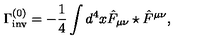
\Gamma _ { \mathrm { i n v } } ^ { ( 0 ) } = - \frac { 1 } { 4 } \int d ^ { 4 } x \hat { F } _ { \mu \nu } \star \hat { F } ^ { \mu \nu } ,